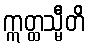
ဣတ္ထသ္မီတိ